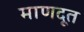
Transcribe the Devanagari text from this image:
माणदूत